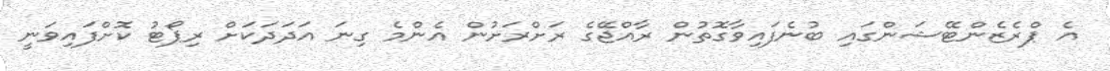
އެ ޕްރެޒެންޓޭޝަންގައި ބުނެފައިވާގޮތުން ރާއްޖޭގެ ރަށްރަށުން އެންމެ ގިނަ އަދަދަކަށް ރިޕޯޓު ކޮށްފައިވަނީ